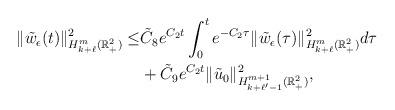
LaTeX: \begin{align*}\|\tilde{w}_\epsilon(t)\|_{H^{m}_{k+\ell}(\mathbb{R}^2_+)}^2\le & \tilde C_8 e^{C_2 t}\int^t_0e^{-C_2 \tau}\| \tilde{w}_\epsilon(\tau)\|_{H^m_{k+\ell}(\mathbb{R}^2_+)}^2 d\tau\\&+\tilde C_9e^{C_2 t}\| \tilde{u}_0\|_{H^{m+1}_{k + \ell'-1}(\mathbb{R}^2_+)}^2,\end{align*}